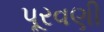
પૂરવણી